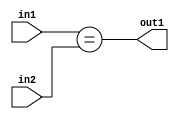
`timescale 1ps / 1ps
/*****************************************************************************
    Verilog RTL Description
    
    
    Created by: Stratus DpOpt 2019.1.01 
*******************************************************************************/

module feature_write_addr_gen_Equal_3Ux3U_1U_4_3 (
	in2,
	in1,
	out1
	); /* architecture "behavioural" */ 
input [2:0] in2,
	in1;
output  out1;
wire  asc001;

assign asc001 = (in1==in2);

assign out1 = asc001;
endmodule

/* CADENCE  urn0TgA= : u9/ySgnWtBlWxVPRXgAZ4Og= ** DO NOT EDIT THIS LINE ******/